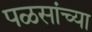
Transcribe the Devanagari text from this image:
पळसांच्या